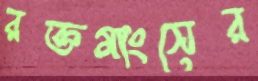
রক্তমাংসের